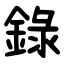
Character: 錄